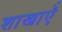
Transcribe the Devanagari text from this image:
शाखाऍं